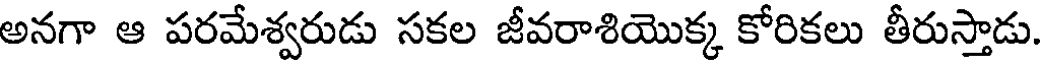
అనగా ఆ పరమేశ్వరుడు సకల జీవరాశియొక్క కోరికలు తీరుస్తాడు.